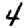
Digit: 4